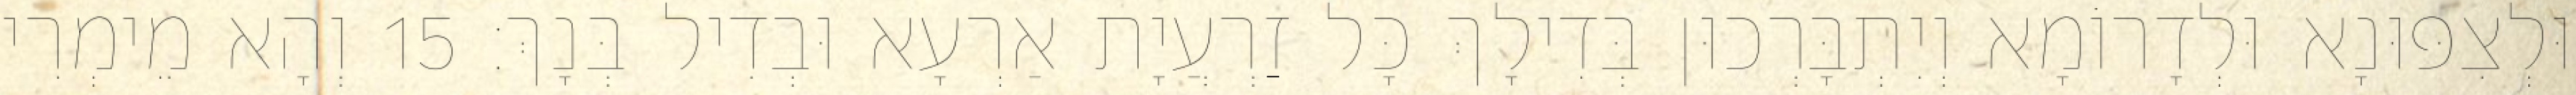
וּלְצִפּוּנָא וּלְדָרוֹמָא וְיִתְבָּרְכוּן בְּדִילָךְ כָּל זַרְעֲיָת אַרְעָא וּבְדִיל בְּנָךְ׃ 15 וְהָא מֵימְרִי